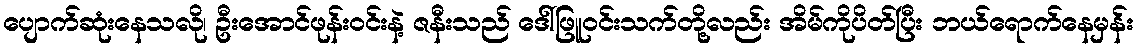
ပျောက်ဆုံးနေသလို၊ ဦးအောင်ဖုန်းဝင်းနဲ့ ဇနီးသည် ဒေါ်ဖြူဝင်းသက်တို့လည်း အိမ်ကိုပိတ်ပြီး ဘယ်ရောက်နေမှန်း